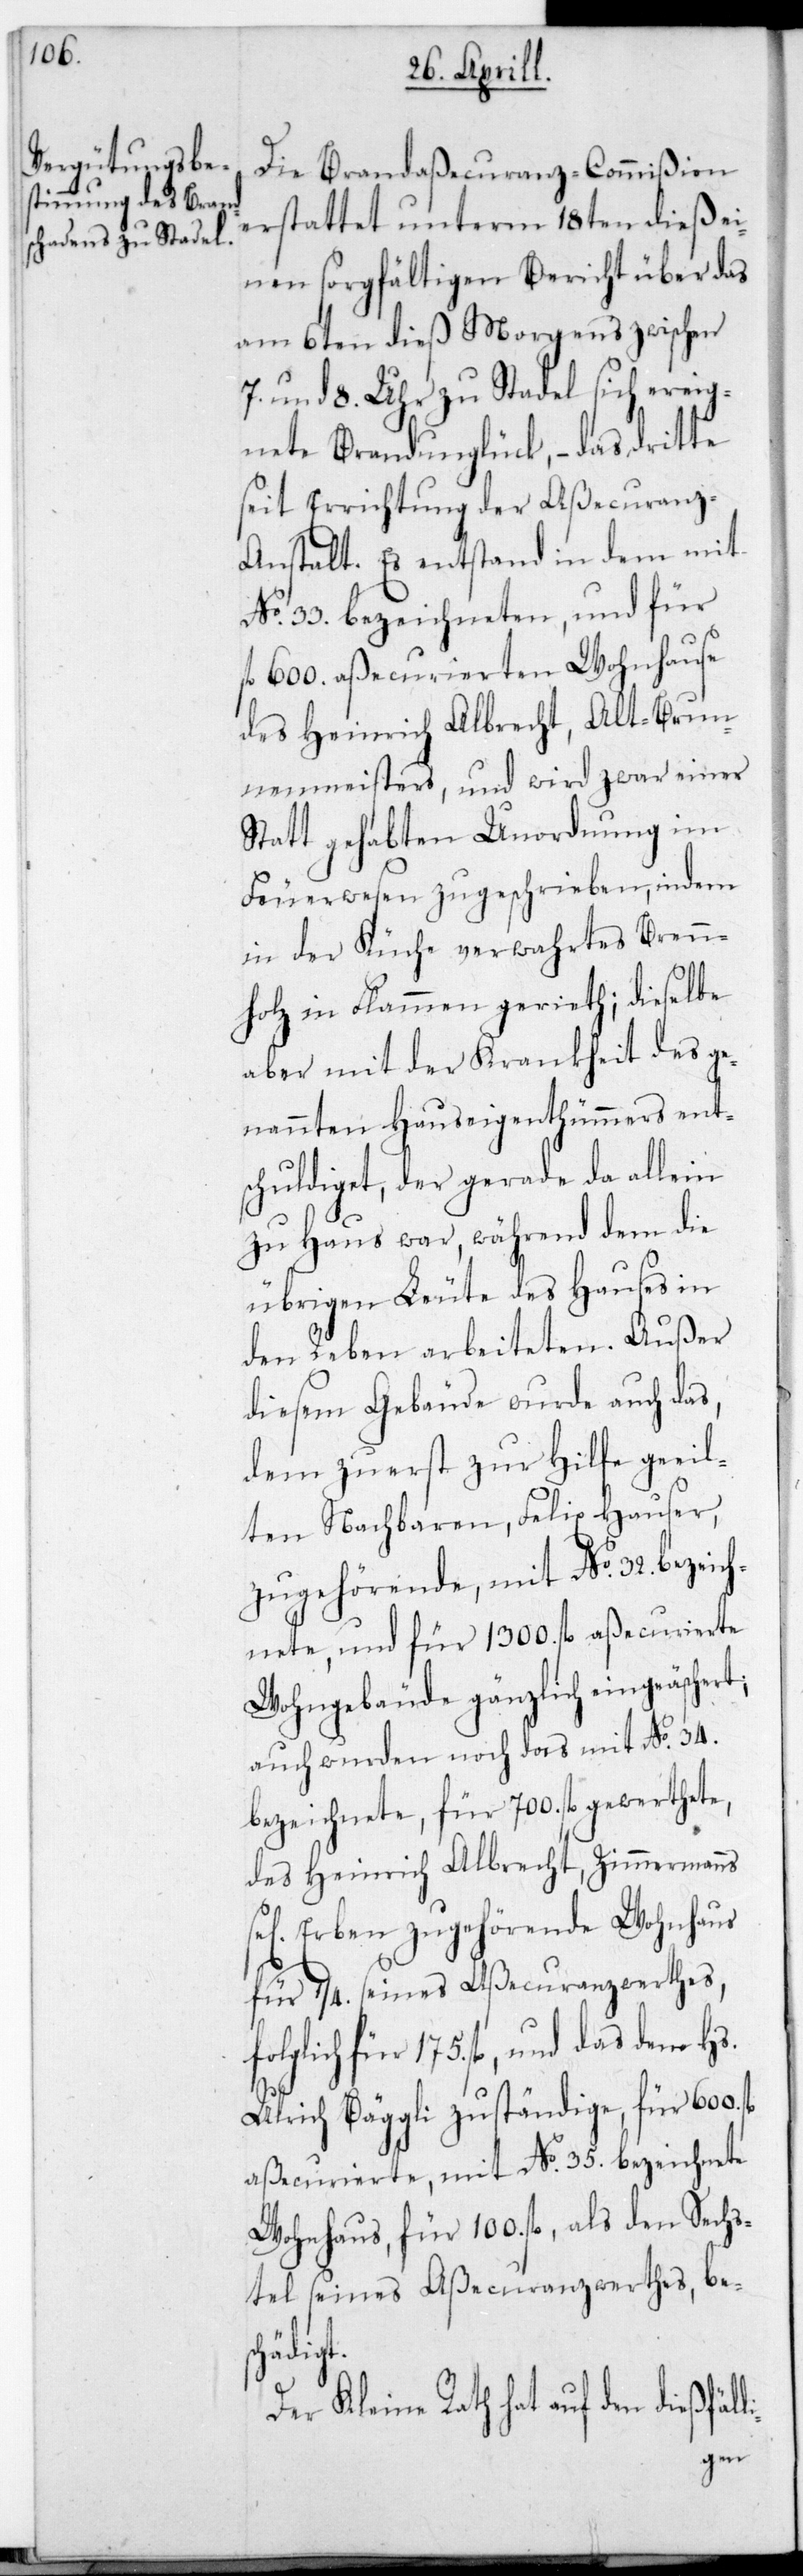
Die Brandaßecuranz-Commißion
erstattet unterm 18ten dieß ei¬
nen sorgfältigen Bericht über das
am 6ten dieß Morgens zwischen
7. und 8. Uhr zu Stadel sich ereig¬
nete Brandunglück, – das Dritte
seit Errichtung der Aßecuranz-A¬
nstalt. Es entstand in dem mit
No. 33. bezeichneten, und für
fl. 600. aßecurierten Wohnhause
des Heinrich Albrecht, Alt-Brun¬
nenmeisters, und wird zwar einer
stattgehabten Unordnung im
Feuerwesen zugeschrieben, indem
in der Küche verwahrtes Brenn¬
holz in Flammen geriet; dieselbe
aber mit der Krankheit des ge¬
nannten Hauseigenthümers ents¬
chuldiget, der gerade da allein
zu Hause war, während dem die
übrigen Leute des Hauses in
den Reben arbeiteten. Außer
diesem Gebäude wurde auch das,
dem zuerst zur Hilfe geeil¬
ten Nachbaren, Felix Hauser,
zugehörende, mit No. 32. bezeich¬
nete und für 1300. fl. aßecurierte
Wohngebäude gänzlich eingeäschert,
auch wurden noch das mit No. 34.
bezeichnete, für 700. fl. gewertete,
des Heinrich Albrecht, Zimmermanns
sel. Erben zugehörende Wohnhaus
für 1/4. seines Aßecuranzwertes,
folglich für 175. fl. und das dem
Ulrich Bäggli zuständige, für 600.
aßecurierte, mit No. 35 bezeichnete
Wohnhaus, für 100. fl., als den Sechs¬
tel seines Aßecuranzwerthes, bes¬
et.
Der Kleine Rath hat auf den dießfäl¬
ligen